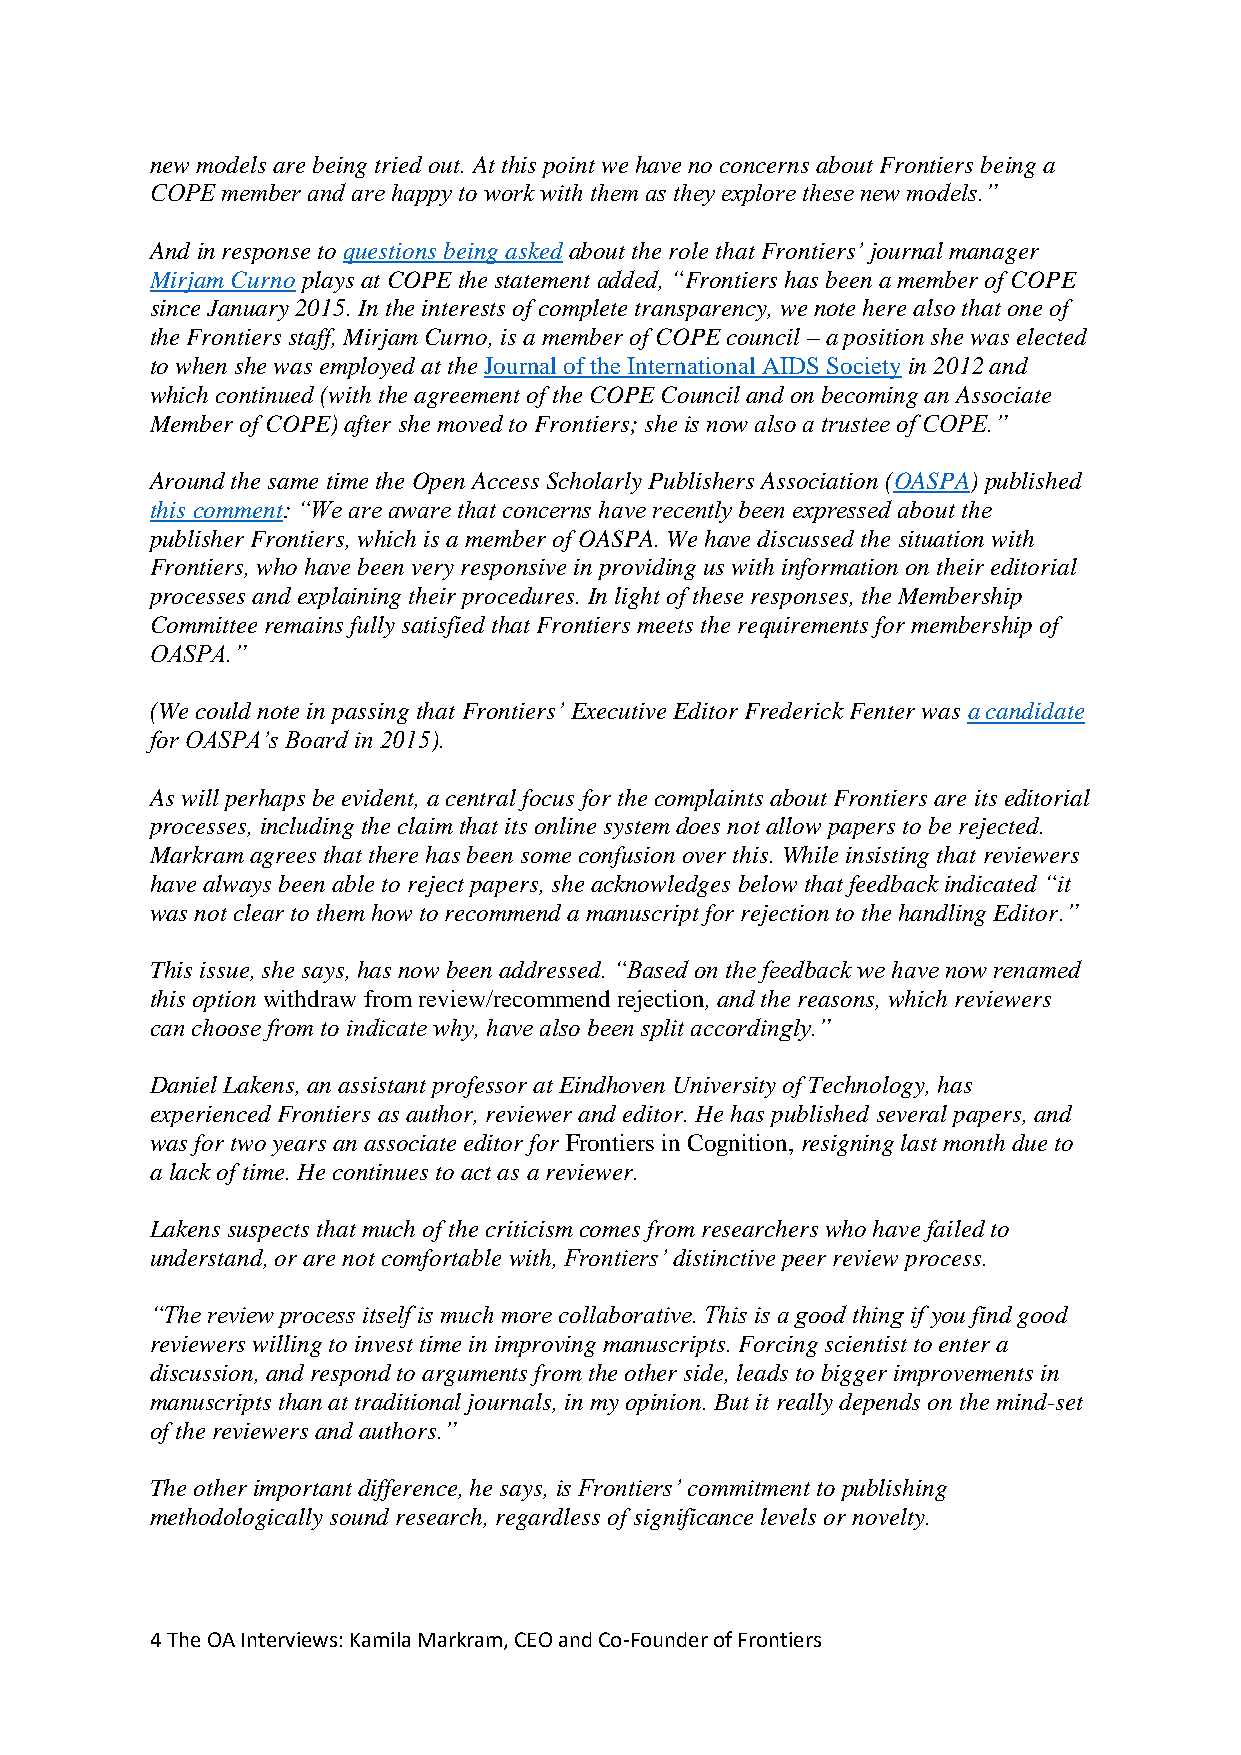
new models are being tried out. At this point we have no concerns about Frontiers being a
 COPE member and are happy to work with them as they explore these new models.”
 And in response to questions being asked about the role that Frontiers’ journal manager
 Mirjam Curno plays at COPE the statement added, “Frontiers has been a member of COPE
 since January 2015. In the interests of complete transparency, we note here also that one of
 the Frontiers staff, Mirjam Curno, is a member of COPE council – a position she was elected
 to when she was employed at the Journal of the International AIDS Society in 2012 and
 which continued (with the agreement of the COPE Council and on becoming an Associate
 Member of COPE) after she moved to Frontiers; she is now also a trustee of COPE.”
 Around the same time the Open Access Scholarly Publishers Association (OASPA) published
 this comment: “We are aware that concerns have recently been expressed about the
 publisher Frontiers, which is a member of OASPA. We have discussed the situation with
 Frontiers, who have been very responsive in providing us with information on their editorial
 processes and explaining their procedures. In light of these responses, the Membership
 Committee remains fully satisfied that Frontiers meets the requirements for membership of
 OASPA.”
 (We could note in passing that Frontiers’ Executive Editor Frederick Fenter was a candidate
 for OASPA’s Board in 2015).
 As will perhaps be evident, a central focus for the complaints about Frontiers are its editorial
 processes, including the claim that its online system does not allow papers to be rejected.
 Markram agrees that there has been some confusion over this. While insisting that reviewers
 have always been able to reject papers, she acknowledges below that feedback indicated “it
 was not clear to them how to recommend a manuscript for rejection to the handling Editor.”
 This issue, she says, has now been addressed. “Based on the feedback we have now renamed
 this option withdraw from review/recommend rejection, and the reasons, which reviewers
 can choose from to indicate why, have also been split accordingly.”
 Daniel Lakens, an assistant professor at Eindhoven University of Technology, has
 experienced Frontiers as author, reviewer and editor. He has published several papers, and
 was for two years an associate editor for Frontiers in Cognition, resigning last month due to
 a lack of time. He continues to act as a reviewer.
 Lakens suspects that much of the criticism comes from researchers who have failed to
 understand, or are not comfortable with, Frontiers’ distinctive peer review process.
 “The review process itself is much more collaborative. This is a good thing if you find good
 reviewers willing to invest time in improving manuscripts. Forcing scientist to enter a
 discussion, and respond to arguments from the other side, leads to bigger improvements in
 manuscripts than at traditional journals, in my opinion. But it really depends on the mind-set
 of the reviewers and authors.”
 The other important difference, he says, is Frontiers’ commitment to publishing
 methodologically sound research, regardless of significance levels or novelty.
 4 The OA Interviews: Kamila Markram, CEO and Co-Founder of Frontiers